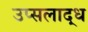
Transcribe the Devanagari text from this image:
उप्सलाद्ध